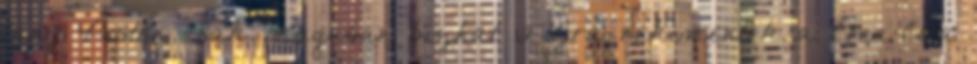
lány Pesten csak magában bízhat 12Újra nekimentek a Coca-Cola